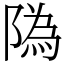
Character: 䧦